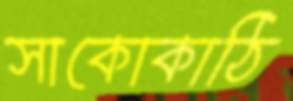
সাকোকাঠি